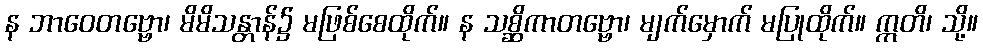
န ဘာဝေတဗ္ဗော၊ မိမိသန္တာန်၌ မဖြစ်စေထိုက်။ န သစ္ဆိကာတဗ္ဗော၊ မျက်မှောက် မပြုထိုက်။ ဣတိ၊ သို့။